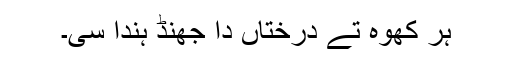
ہر کُھوہ تے درختاں دا جھُنڈ ہندا سی۔